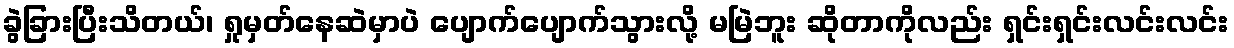
ခွဲခြားပြီးသိတယ်၊ ရှုမှတ်နေဆဲမှာပဲ ပျောက်ပျောက်သွားလို့ မမြဲဘူး ဆိုတာကိုလည်း ရှင်းရှင်းလင်းလင်း